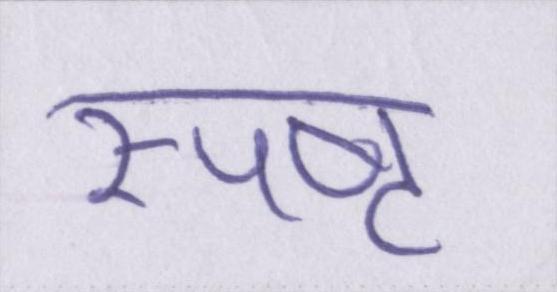
स्पष्ट